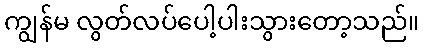
ကျွန်မ လွတ်လပ်ပေါ့ပါးသွားတော့သည်။